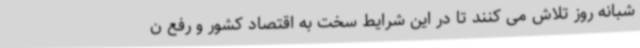
شبانه روز تلاش می کنند تا در این شرایط سخت به اقتصاد کشور و رفع ن